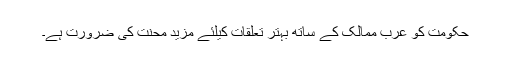
حکومت کو عرب ممالک کے ساتھ بہتر تعلقات کیلئے مزید محنت کی ضرورت ہے۔